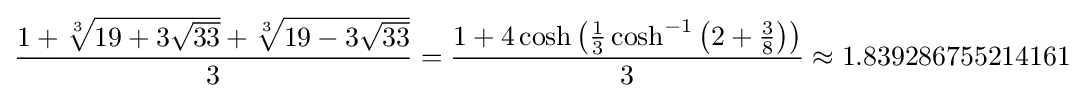
{\frac {1+{\sqrt[{3}]{19+3{\sqrt {33}}}}+{\sqrt[{3}]{19-3{\sqrt {33}}}}}{3}}={\frac {1+4\cosh \left({\frac {1}{3}}\cosh ^{-1}\left(2+{\frac {3}{8}}\right)\right)}{3}}\approx 1.839286755214161